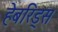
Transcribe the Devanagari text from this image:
हेबरिड्स